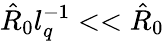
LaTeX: \hat{R}_{0}l_{q}^{-1}<<\hat{R}_{0}